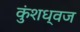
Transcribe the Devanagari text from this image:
कुंशध्वज